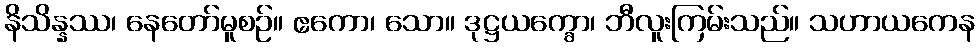
နိသိန္နဿ၊ နေတော်မူစဉ်။ ဧကော၊ သော။ ဒုဋ္ဌယက္ခော၊ ဘီလူးကြမ်းသည်။ သဟာယကေန